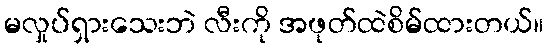
မလှုပ်ရှားသေးဘဲ လီးကို အဖုတ်ထဲစိမ်ထားတယ်။